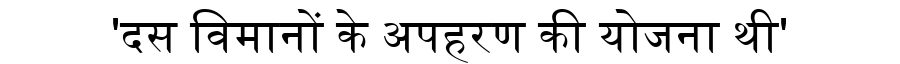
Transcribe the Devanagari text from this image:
'दस विमानों के अपहरण की योजना थी'